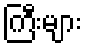
ကြီးများ